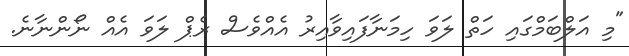
"މި އަލްބަމްގައި ހަތް ލަވަ ހިމަނާފައިވާއިރު އެއްވެސް ރެޕް ލަވަ އެއް ނޯންނާނެ.